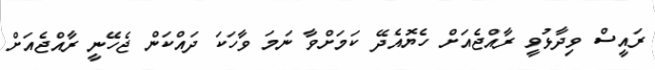
ރައީސް ވިދާޅުވީ ރާއްޖެއަށް ހެޔޮއެދޭ ކަމަށްވާ ނަމަ ވާހަކަ ދައްކަން ޖެހޭނީ ރާއްޖެއަށް